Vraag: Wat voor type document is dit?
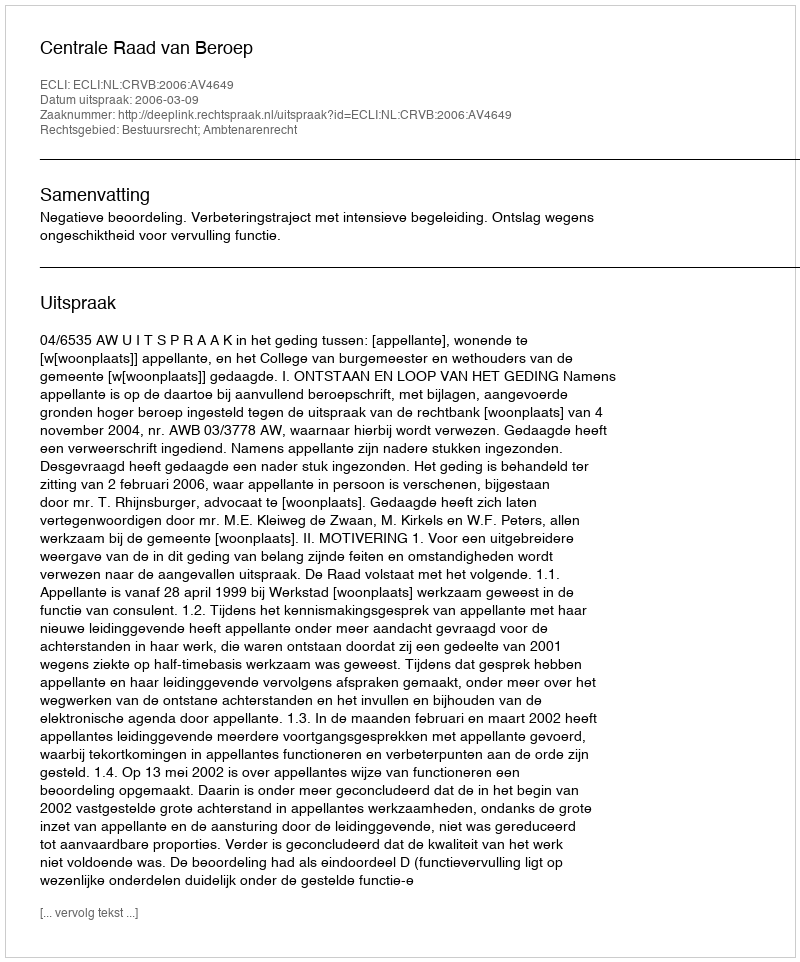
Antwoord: Uitspraak